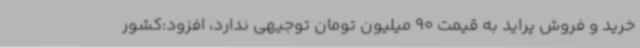
خرید و فروش پراید به قیمت 90 میلیون تومان توجیهی ندارد، افزود:کشور